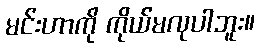
မင်းဟာကို ကိုယ်မလုပါဘူး။